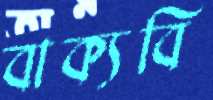
বাক্যবি